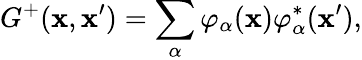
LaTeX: G^{+}(\mathbf{x},\mathbf{x}^{\prime})=\sum_{\alpha}\varphi_{\alpha}(\mathbf{x})\varphi_{\alpha}^{\ast}(\mathbf{x}^{\prime}),